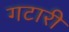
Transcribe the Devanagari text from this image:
गटारी